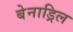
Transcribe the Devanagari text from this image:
बेनाड्रिल